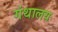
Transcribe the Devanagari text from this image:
गंथालय